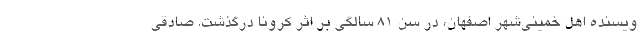
ویسنده اهل خمینی‌شهر اصفهان، در سن ۸۱ سالگی بر اثر کرونا درگذشت. صادقی